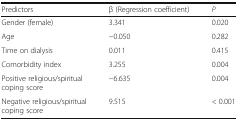
<table><thead><tr><td><b>Predictors</b></td><td><b>β (Regression coefficient)</b></td><td><b><i>P</i></b></td></tr></thead><tbody><tr><td>Gender (female)</td><td>3.341</td><td>0.020</td></tr><tr><td>Age</td><td>−0.050</td><td>0.282</td></tr><tr><td>Time on dialysis</td><td>0.011</td><td>0.415</td></tr><tr><td>Comorbidity index</td><td>3.255</td><td>0.004</td></tr><tr><td>Positive religious/spiritual coping score</td><td>−6.635</td><td>0.004</td></tr><tr><td>Negative religious/spiritual coping score</td><td>9.515</td><td>&lt; 0.001</td></tr></tbody></table>